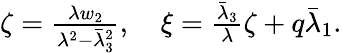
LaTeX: \begin{array}{r}{\zeta=\frac{\lambda w_{2}}{\lambda^{2}-\bar{\lambda}_{3}^{2}},\quad\xi=\frac{\bar{\lambda}_{3}}{{\lambda}}\zeta+q\bar{\lambda}_{1}.}\end{array}